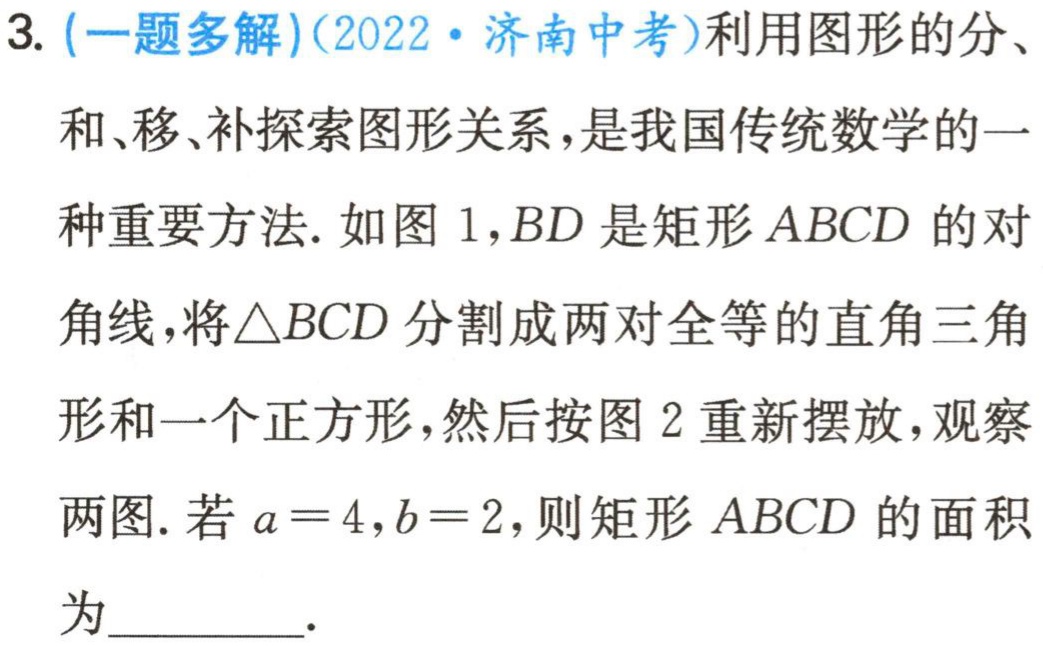
3. (一题多解)(2022·济南中考)利用图形的分、和、移、补探索图形关系,是我国传统数学的一种重要方法. 如图 1,$BD$是矩形$ABCD$的对角线,将$\triangle BCD$分割成两对全等的直角三角形和一个正方形,然后按图 2 重新摆放,观察两图. 若$a = 4,b = 2$,则矩形$ABCD$的面积为________.